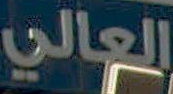
العالي